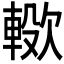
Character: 𣤖